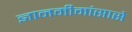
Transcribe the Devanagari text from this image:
ज्ञानमीमांसासे